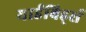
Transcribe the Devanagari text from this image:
यार्डबिर्ड्स